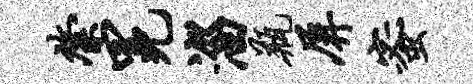
綮冕淄瓶屏蜜